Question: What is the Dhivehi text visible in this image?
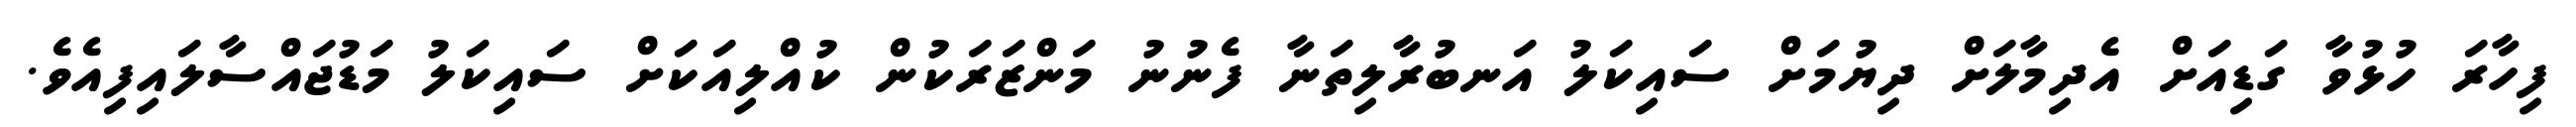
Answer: ފިހާރަ ހުޅުވާ ގަޑިއަށް އެދިމާލަށް ދިޔުމަށް ސައިކަލު އަނބުރާލިތަނާ ފެނުނު މަންޒަރަކުން ކުއްލިއަކަށް ސައިކަލު މަޑުޖައްސާލައިފިއެވެ.